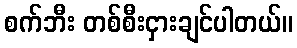
စက်ဘီး တစ်စီးငှားချင်ပါတယ်။